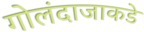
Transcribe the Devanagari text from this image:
गोलंदाजाकडे